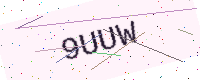
Text: 9UUW